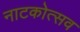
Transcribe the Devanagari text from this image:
नाटकोत्सव